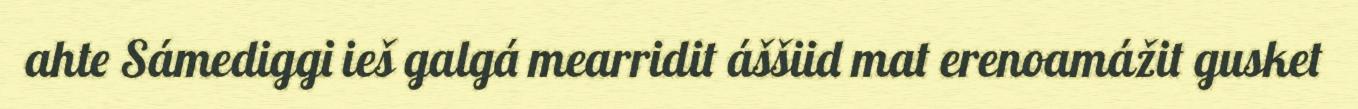
ahte Sámediggi ieš galgá mearridit áššiid mat erenoamážit gusket